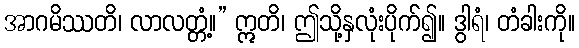
အာဂမိဿတိ၊ လာလတ္တံ့။” ဣတိ၊ ဤသို့နှလုံးပိုက်၍။ ဒွါရံ၊ တံခါးကို။